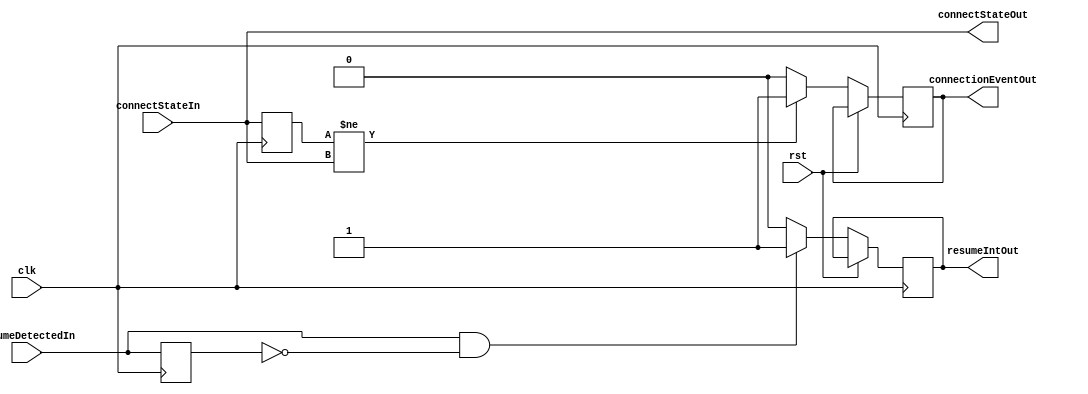
module rxStatusMonitor(connectStateIn, connectStateOut, resumeDetectedIn, connectionEventOut, resumeIntOut, clk, rst);

input [1:0] connectStateIn;
input resumeDetectedIn;
input clk;
input rst;
output connectionEventOut;
output [1:0] connectStateOut;
output resumeIntOut;

wire [1:0] connectStateIn;
wire resumeDetectedIn;
reg connectionEventOut;
reg [1:0] connectStateOut;
reg resumeIntOut;
wire clk;
wire rst;

reg [1:0]oldConnectState;
reg oldResumeDetected;

always @(connectStateIn)
begin
  connectStateOut <= connectStateIn;
end


always @(posedge clk)
begin
  if (rst == 1'b1)
  begin
    oldConnectState <= connectStateIn;
    oldResumeDetected <= resumeDetectedIn;
  end
  else
  begin
    oldConnectState <= connectStateIn;
    oldResumeDetected <= resumeDetectedIn;
    if (oldConnectState != connectStateIn)
      connectionEventOut <= 1'b1;
    else
      connectionEventOut <= 1'b0;
    if (resumeDetectedIn == 1'b1 && oldResumeDetected == 1'b0)
      resumeIntOut <= 1'b1;
    else 
      resumeIntOut <= 1'b0;
  end
end

endmodule